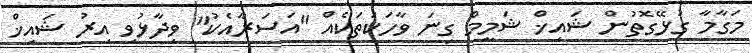
މަގާމާ ގުޅޭގޮތުން ޝައިޚް ޝަމީމް ގިނަ ވާހަކަތަކެއް "އަސަރާއެކު" ވިދާޅުވި އިރު ޝައިޚް